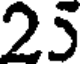
25